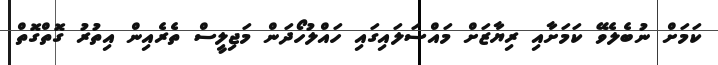
ކަމަށް ނުބެލެވޭ ކަމަށާއި ރިޔާޒަށް މައްސަލައިގައި ހައްލުހޯދަން މަޖިލީސް ތެރެއިން އިތުރު ގޮތްގޮތް